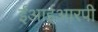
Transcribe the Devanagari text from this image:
ईआईआरपी